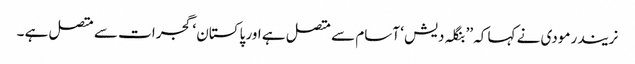
نریندر مودی نے کہا کہ ’’ بنگلہ دیش ‘ آسام سے متصل ہے اور پاکستان ‘ گجرات سے متصل ہے ۔